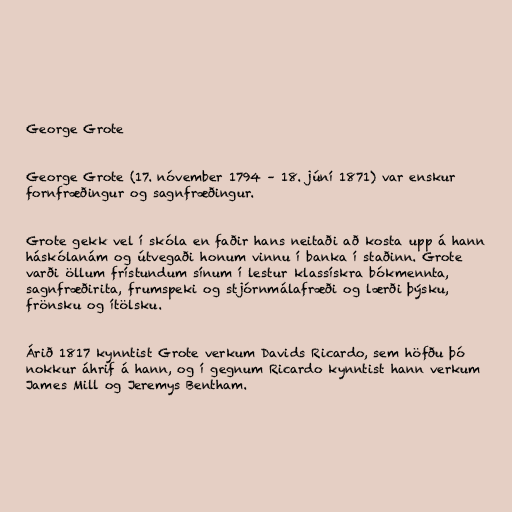
George Grote

George Grote (17. nóvember 1794 – 18. júní 1871) var enskur
fornfræðingur og sagnfræðingur.

Grote gekk vel í skóla en faðir hans neitaði að kosta upp á hann
háskólanám og útvegaði honum vinnu í banka í staðinn. Grote
varði öllum frístundum sínum í lestur klassískra bókmennta,
sagnfræðirita, frumspeki og stjórnmálafræði og lærði þýsku,
frönsku og ítölsku.

Árið 1817 kynntist Grote verkum Davids Ricardo, sem höfðu þó
nokkur áhrif á hann, og í gegnum Ricardo kynntist hann verkum
James Mill og Jeremys Bentham.